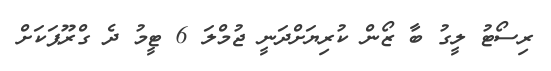
ރިސޯޓު ލީގު ބާ ޒޯން ކުރިޔަށްދަނީ ޖުމްލަ 6 ޓީމު ދެ ގްރޫޕަކަށް